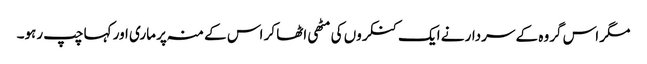
مگر اس گروہ کے سردار نے ایک کنکروں کی مٹھی اٹھا کر اس کے منہ پر ماری اور کہا چپ رہو۔